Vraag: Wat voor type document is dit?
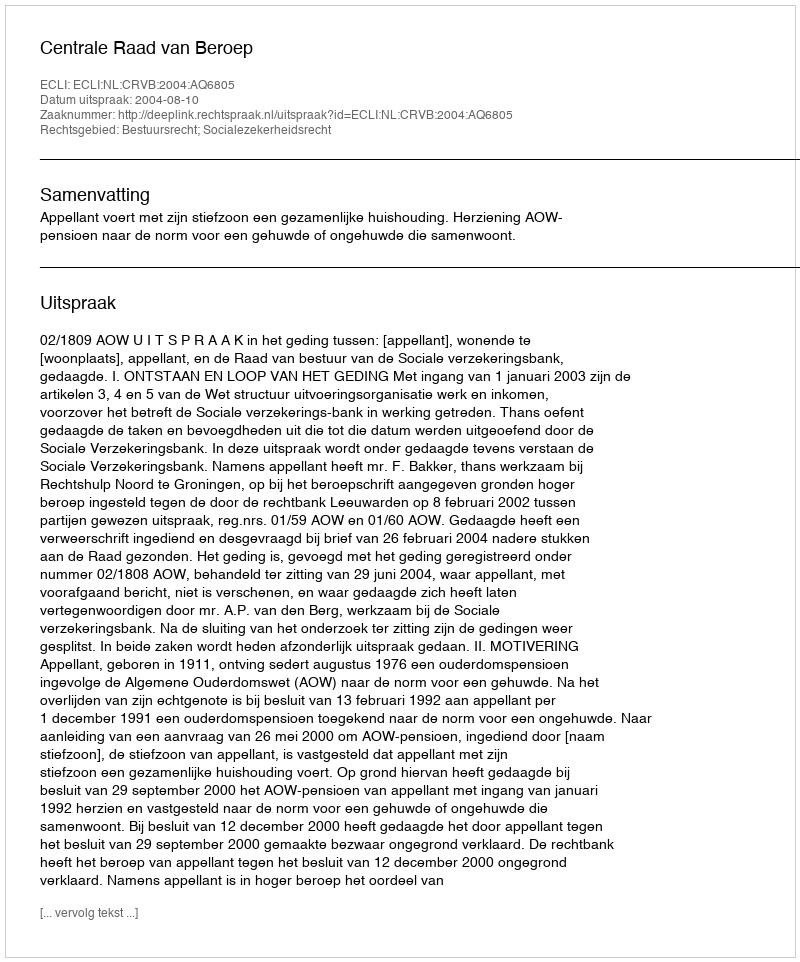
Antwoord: Uitspraak